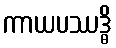
ကာယပဿဒ္ဓိ